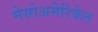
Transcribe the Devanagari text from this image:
मेसोअमेरिकेत